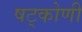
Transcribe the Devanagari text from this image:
षट्कोणी